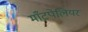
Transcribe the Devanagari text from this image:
माँटपेलियर